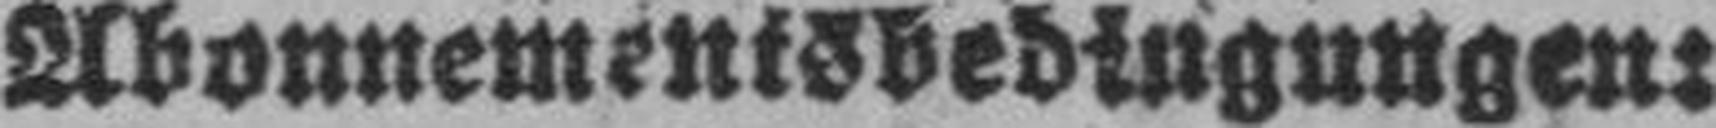
Abonnemenisbedingungen: